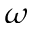
\omega